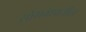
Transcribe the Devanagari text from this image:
सोमवंशातील